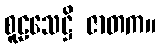
စူဠသေဋ္ဌိ ဇာတက။